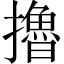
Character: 擼